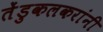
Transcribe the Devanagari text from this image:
तेंडुकलकरांनी